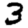
Digit: 3